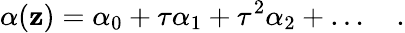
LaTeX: \alpha(\mathbf{z})=\alpha_{0}+\tau\alpha_{1}+\tau^{2}\alpha_{2}+\ldots\quad.